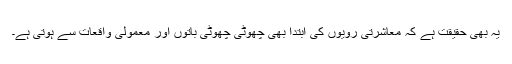
یہ بھی حقیقت ہے کہ معاشرتی رویوں کی ابتدا بھی چھوٹی چھوٹی باتوں اور معمولی واقعات سے ہوتی ہے۔